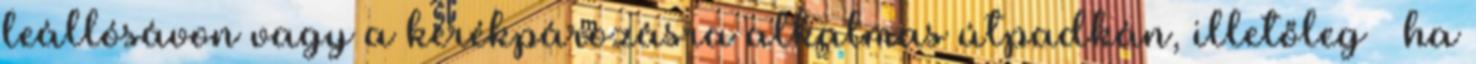
leállósávon vagy a kerékpározásra alkalmas útpadkán, illetőleg – ha